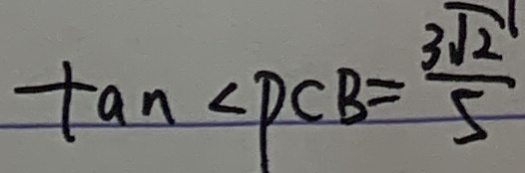
\tan \angle P C B = \frac { 3 \sqrt { 2 } } { 5 }